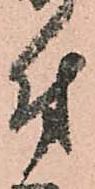
付